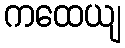
ကထေယျ